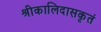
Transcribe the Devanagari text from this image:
श्रीकालिदासकृतं